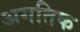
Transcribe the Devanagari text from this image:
अगतिक